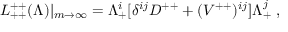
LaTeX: { \cal L } _ { + + } ^ { + + } ( \Lambda ) | _ { m \rightarrow \infty } = \Lambda _ { + } ^ { i } [ \delta ^ { i j } D ^ { + + } + ( { V } ^ { + + } ) ^ { i j } ] \Lambda _ { + } ^ { j } \; ,